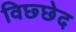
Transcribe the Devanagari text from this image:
विछ्छेद